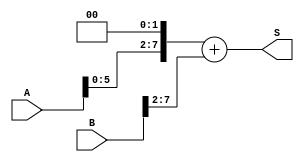
module FunctionZero(S,A,B);
	input signed [7:0] A;
	input signed [7:0] B;
	output signed [7:0] S;	

	assign S = (A <<< 2) + (B >>> 2);
endmodule